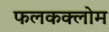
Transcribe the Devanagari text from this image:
फलकक्लोम